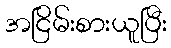
အငြိမ်းစားယူပြီး